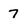
Character: 7